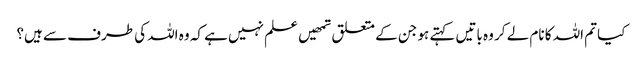
کیا تم اللہ کا نام لے کر وہ باتیں کہتے ہو جن کے متعلق تمھیں علم نہیں ہے کہ وہ اللہ کی طرف سے ہیں؟